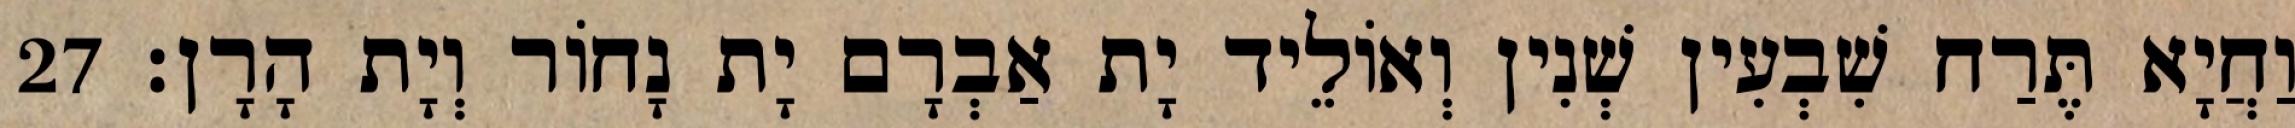
וַחֲיָא תֶּרַח שִׁבְעִין שְׁנִין וְאוֹלֵיד יָת אַבְרָם יָת נָחוֹר וְיָת הָרָן׃ 27